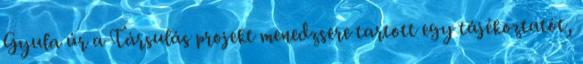
Gyula úr a Társulás projekt menedzsere tartott egy tájékoztatót,